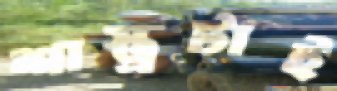
শাস্ত্রটাই